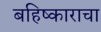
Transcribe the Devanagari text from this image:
बहिष्काराचा